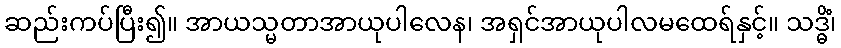
ဆည်းကပ်ပြီး၍။ အာယသ္မတာအာယုပါလေန၊ အရှင်အာယုပါလမထေရ်နှင့်။ သဒ္ဓိံ၊